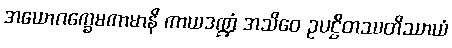
အယောဂက္ခေမကာမာနိ ကာယဒဏ္ဍံ အသိဝေ ဥပဋ္ဌိတဿတိဿာယံ